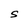
Character: S